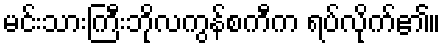
မင်းသားကြီးဘိုလကွန်စကီက ရပ်လိုက်၏။